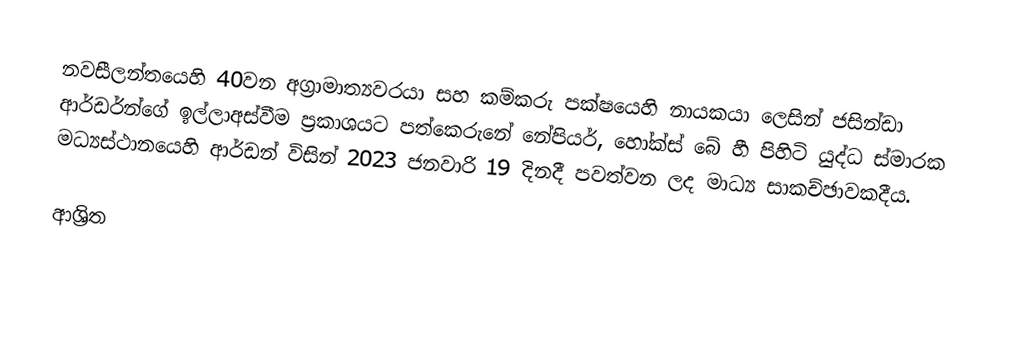
නවසීලන්තයෙහි 40වන අග්‍රාමාත්‍යවරයා සහ කම්කරු පක්ෂයෙහි නායකයා ලෙසින් ජසින්ඩා ආර්ඩර්න්ගේ ඉල්ලාඅස්වීම  ප්‍රකාශයට පත්කෙරුනේ නේපියර්, හෝක්ස් බේ හී පිහිටි යුද්ධ ස්මාරක මධ්‍යස්ථානයෙහි ආර්ඩන් විසින් 2023 ජනවාරි 19 දිනදී පවත්වන ලද මාධ්‍ය සාකච්ඡාවකදීය.

ආශ්‍රිත